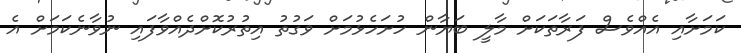
ކަމަށާއި އެއްވެސް ފަރާތަކަށް މާލީ ބަޔާން ހުށަހެޅުމަށް ވަގުތު އިތުރުކޮށްދެއްވާފައި ނުވާނެކަމަށް އެ